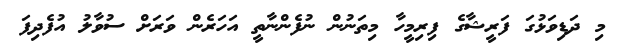
މި ދަޑިވަޅުގަ ފަރީޝާގެ ފިރިމީހާ މިތަނުން ނުފެންނާތީ އަހަރެން ވަރަށް ސުވާލު އުފެދިފަ